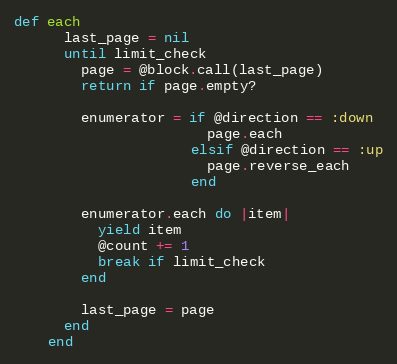
Language: Ruby
def each
      last_page = nil
      until limit_check
        page = @block.call(last_page)
        return if page.empty?

        enumerator = if @direction == :down
                       page.each
                     elsif @direction == :up
                       page.reverse_each
                     end

        enumerator.each do |item|
          yield item
          @count += 1
          break if limit_check
        end

        last_page = page
      end
    end